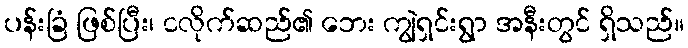
ပန်းခြံ ဖြစ်ပြီး၊ ငလိုက်ဆည်၏ ဘေး ကျွဲရှင်းရွာ အနီးတွင် ရှိသည်။